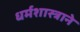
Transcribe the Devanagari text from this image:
धर्मशास्त्राने